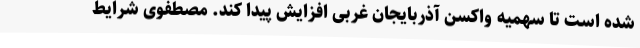
شده است تا سهمیه واکسن آذربایجان غربی افزایش پیدا کند. مصطفوی شرایط